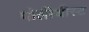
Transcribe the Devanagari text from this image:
पोलीथीस्ट